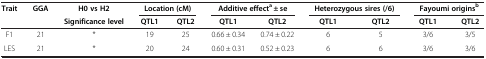
| Trait | GGA | H0 vs H2 | <COLSPAN=2> Location (cM) | <COLSPAN=2> Additive effecta ± se | <COLSPAN=2> Heterozygous sires (/6) | <COLSPAN=2> Fayoumi originsb |
 |  |  | Significance level | QTL1 | QTL2 | QTL1 | QTL2 | QTL1 | QTL2 | QTL1 | QTL2 |
 | --- | --- | --- | --- | --- | --- | --- | --- | --- | --- | --- |
 | F1 | 21 | * | 19 | 25 | 0.66 ± 0.34 | 0.74 ± 0.22 | 6 | 5 | 3/6 | 3/5 |
 | LES | 21 | * | 20 | 24 | 0.60 ± 0.31 | 0.52 ± 0.23 | 6 | 6 | 3/6 | 3/6 |